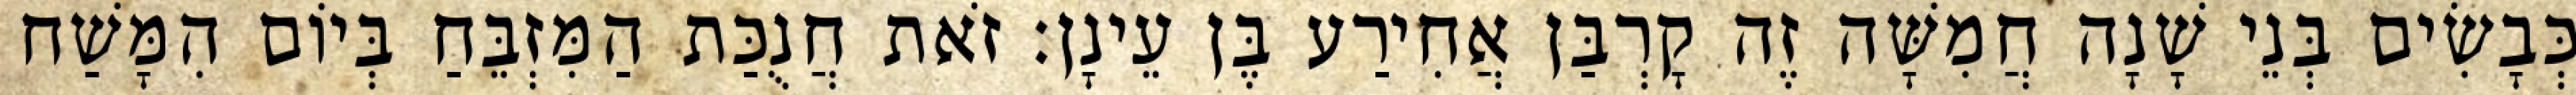
כְּבָשִׂים בְּנֵי שָׁנָה חֲמִשָּׁה זֶה קָרְבַּן אֲחִירַע בֶּן עֵינָן׃ זֹאת חֲנֻכַּת הַמִּזְבֵּחַ בְּיוֹם הִמָּשַׁח